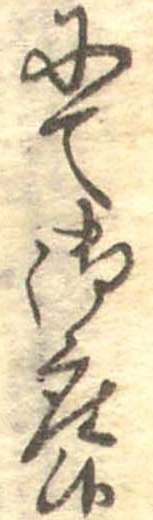
にて御座候